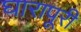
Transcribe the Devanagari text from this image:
घारापूरी